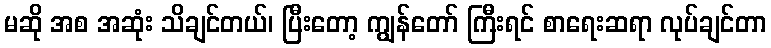
မဆို အစ အဆုံး သိချင်တယ်၊ ပြီးတော့ ကျွန်တော် ကြီးရင် စာရေးဆရာ လုပ်ချင်တာ